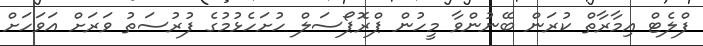
ފްލެޓް އިމާރާތް ކުރަން ބޭނުންވާ މީހުން ޕްރޮޕޯސަލް ހުށަހެޅުމުގެ ފުރުސަތު ވަރަށް އަވަހަށް